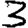
Digit: 3